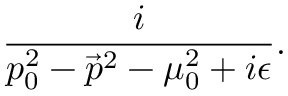
\frac { i } { p _ { 0 } ^ { 2 } - \vec { p } ^ { 2 } - \mu _ { 0 } ^ { 2 } + i \epsilon } .